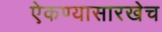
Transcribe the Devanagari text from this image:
ऐकण्यासारखेच